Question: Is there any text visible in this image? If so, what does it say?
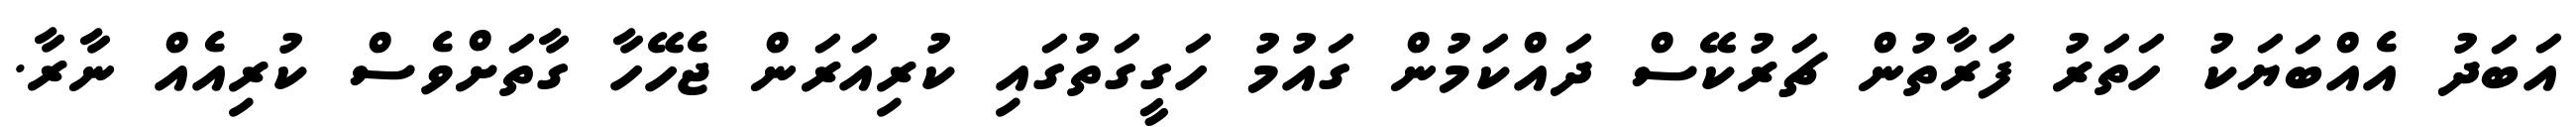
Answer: އަބަދު އެއްބަޔަކު ހަތަރު ފަރާތުން ޗަރުކޭސް ދައްކަމުން ގައުމު ހަގީގަތުގައި ކުރިއަރަން ޖެހޭހާ ގާތަށްވެސް ކުރިއެއް ނާރާ.